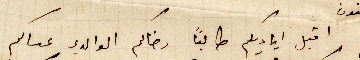
اقبل اياديكم طالبًا رضاكم الوالدي عساكم